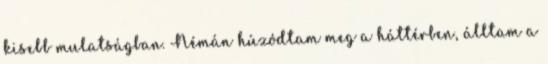
kisebb mulatságban. Némán húzódtam meg a háttérben, álltam a